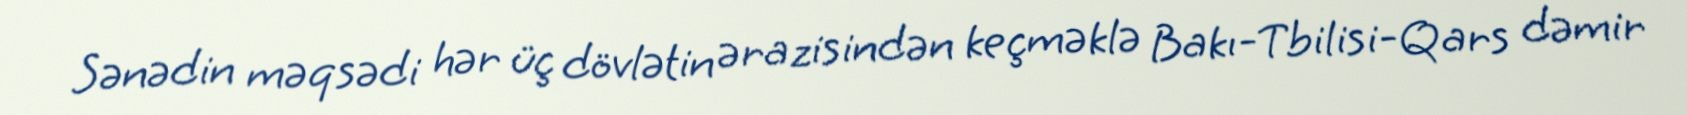
Sənədin məqsədi hər üç dövlətin ərazisindən keçməklə Bakı-Tbilisi-Qars dəmir